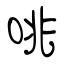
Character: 咷